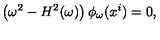
\left( \omega ^ { 2 } - H ^ { 2 } ( \omega ) \right) \phi _ { \omega } ( x ^ { i } ) = 0 ,